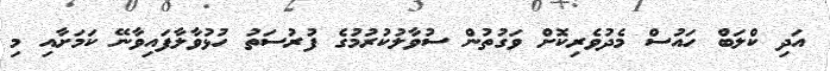
އަދި ކްލަބް ހައުސް މެދުވެރިކޮށް ވަގުުތުން ސުވާލުކުރުމުގެ ފުރުސަތު ހުޅުވާލާފައިވާނޭ ކަމަށާއި މި